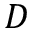
D